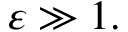
\varepsilon \gg 1 .